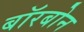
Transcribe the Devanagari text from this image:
बॉरबोन